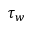
\tau _ { w }